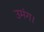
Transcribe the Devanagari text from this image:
उमंग।